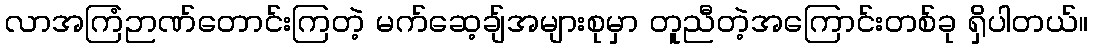
လာအကြံဉာဏ်တောင်းကြတဲ့ မက်ဆေ့ချ်အများစုမှာ တူညီတဲ့အကြောင်းတစ်ခု ရှိပါတယ်။